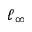
\ell _ { \infty }